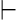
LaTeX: \vdash